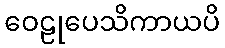
ဝေဠုပေသိကာယပိ